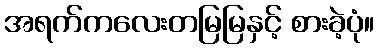
အရက်ကလေးတမြမြနှင့် စားခဲ့ပုံ။